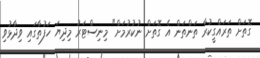
ގޮތަށް ތަރައްގީކުރާ ތަންތަން އެ ގޮތަށް ނުކުރުމަށް" މިނިސްޓަރު މިދިޔަ ހަފުތާގައި ވިދާޅުވި